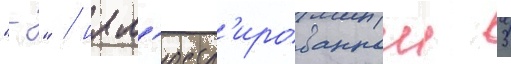
"-" / илл'юстр'ированнои 3